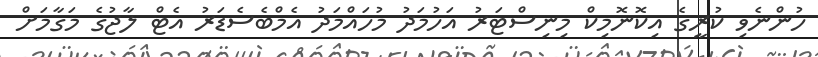
ހުންނެވި ކުރީގެ އިކޮނޮމިކް މިނިސްޓަރު އަހުމަދު މުހައްމަދު އެމްބެސެޑަރު އެޓް ލާޖުގެ މަގާމަށް